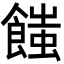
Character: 𩝚